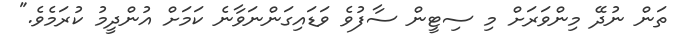
ތަން ނުދޭ މިންވަރަށް މި ސިޓީން ސާފުވެ ވަޑައިގަންނަވާނެ ކަމަށް އުންދީމު ކުރަމެވެ."